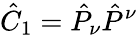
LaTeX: \hat{C}_{1}=\hat{P}_{\nu}\hat{P}^{\nu}